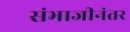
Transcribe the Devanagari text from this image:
संभाजीनंतर